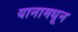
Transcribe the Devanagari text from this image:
यानामधून